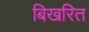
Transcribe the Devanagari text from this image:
बिखरित